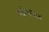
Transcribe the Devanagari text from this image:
पर्जन्यरूपच